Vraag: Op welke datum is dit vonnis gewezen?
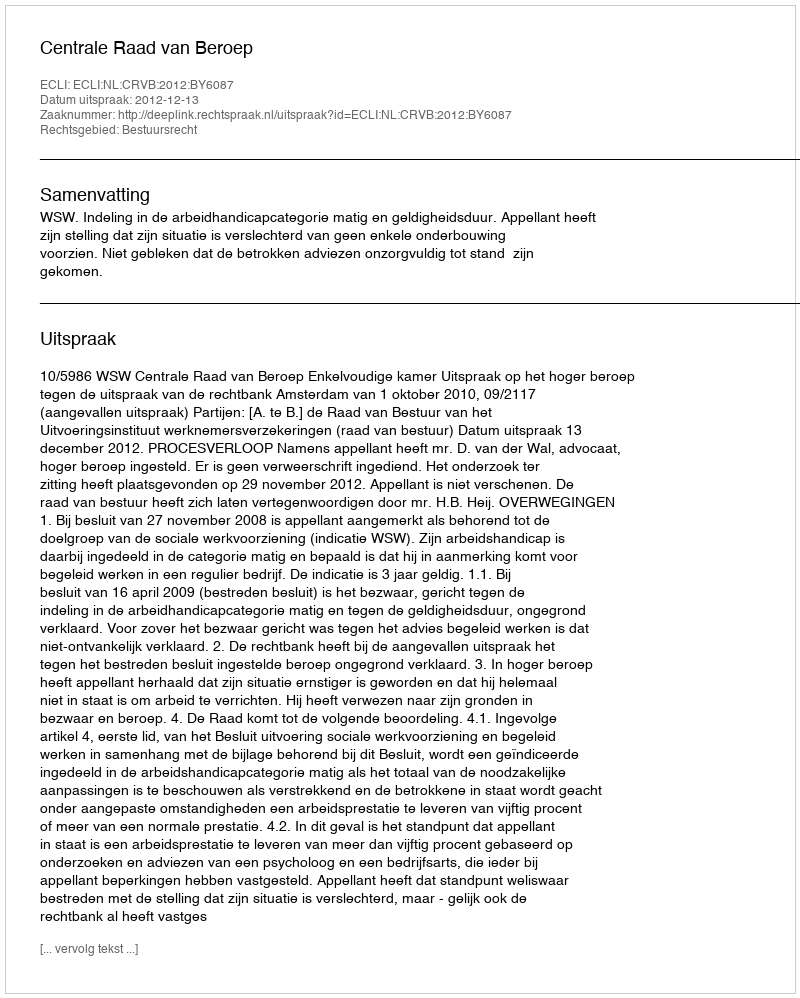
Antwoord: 2012-12-13